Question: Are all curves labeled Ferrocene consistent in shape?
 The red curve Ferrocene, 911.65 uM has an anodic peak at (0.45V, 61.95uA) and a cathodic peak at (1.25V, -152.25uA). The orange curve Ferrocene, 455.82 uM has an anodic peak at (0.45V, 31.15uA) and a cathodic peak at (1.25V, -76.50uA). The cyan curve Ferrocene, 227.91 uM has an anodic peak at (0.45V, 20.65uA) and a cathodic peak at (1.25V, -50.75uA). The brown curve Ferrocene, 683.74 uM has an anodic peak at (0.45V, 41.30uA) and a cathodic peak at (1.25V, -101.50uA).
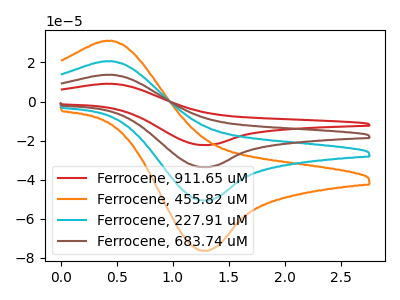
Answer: <think>All the peaks in "Ferrocene, 911.65 uM" have a peak in "Ferrocene, 455.82 uM" at the same potential. Every peak in "Ferrocene, 911.65 uM" is higher than every peak in "Ferrocene, 455.82 uM". All the peaks in "Ferrocene, 911.65 uM" have a peak in "Ferrocene, 227.91 uM" at the same potential. Every peak in "Ferrocene, 911.65 uM" is higher than every peak in "Ferrocene, 227.91 uM". All the peaks in "Ferrocene, 911.65 uM" have a peak in "Ferrocene, 683.74 uM" at the same potential. Every peak in "Ferrocene, 911.65 uM" is higher than every peak in "Ferrocene, 683.74 uM". All the peaks in "Ferrocene, 455.82 uM" have a peak in "Ferrocene, 227.91 uM" at the same potential. Every peak in "Ferrocene, 455.82 uM" is higher than every peak in "Ferrocene, 227.91 uM". All the peaks in "Ferrocene, 455.82 uM" have a peak in "Ferrocene, 683.74 uM" at the same potential. Every peak in "Ferrocene, 455.82 uM" is lower than every peak in "Ferrocene, 683.74 uM". All the peaks in "Ferrocene, 227.91 uM" have a peak in "Ferrocene, 683.74 uM" at the same potential. Every peak in "Ferrocene, 227.91 uM" is lower than every peak in "Ferrocene, 683.74 uM".
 </think>
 <answer>All the CV's of "Ferrocene" have similar shape.</answer>
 <eval>follow_rule</eval>